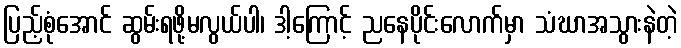
ပြည့်စုံအောင် ဆွမ်းရဖို့မလွယ်ပါ၊ ဒါ့ကြောင့် ညနေပိုင်းလောက်မှာ သံဃာအသွားနဲတဲ့